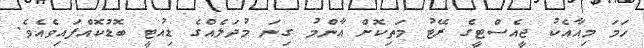
ހަމަ މިއާއެކު ޖީއެސްޓީގެ ރޭޓު މަތިކޮށް އާންމު ގިނަ މުދަލެއްގެ ޑިއުޓީ ބޮޑުކޮއްފައިވެއެވެ.